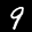
Label: 9